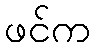
ဖင်က